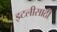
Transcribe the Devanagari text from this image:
इटलीसाठी